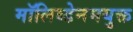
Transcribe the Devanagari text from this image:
मॉलिब्डेनमयुक्त